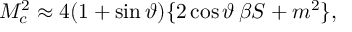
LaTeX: M _ { c } ^ { 2 } \approx 4 ( 1 + \sin \vartheta ) \{ 2 \cos \vartheta \, \beta S + m ^ { 2 } \} ,